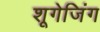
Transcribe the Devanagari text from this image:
शूगेजिंग